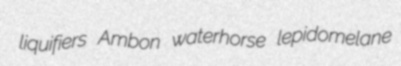
liquifiers Ambon waterhorse lepidomelane